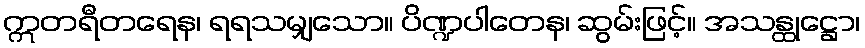
ဣတရီတရေန၊ ရရသမျှသော။ ပိဏ္ဍပါတေန၊ ဆွမ်းဖြင့်။ အသန္ထုဋ္ဌော၊